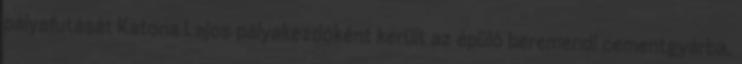
pályafutását Katona Lajos pályakezdôként került az épülô beremendi cementgyárba,